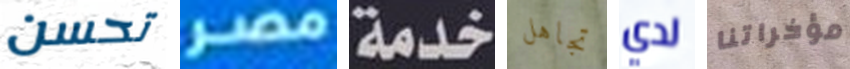
تحسن مصر خدمة تجاهل لدي مؤخراتنا